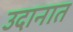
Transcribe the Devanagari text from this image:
उदानात